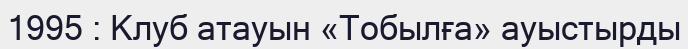
1995 : Клуб атауын «Тобылға» ауыстырды